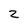
Character: Z